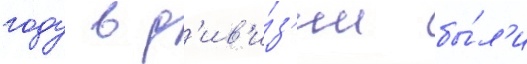
году в д'ив'и́з'ии бы́л'и